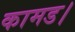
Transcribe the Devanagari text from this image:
कामड।